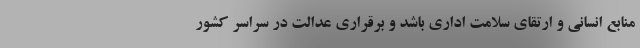
منابع انسانی و ارتقای سلامت اداری باشد و برقراری عدالت در سراسر کشور